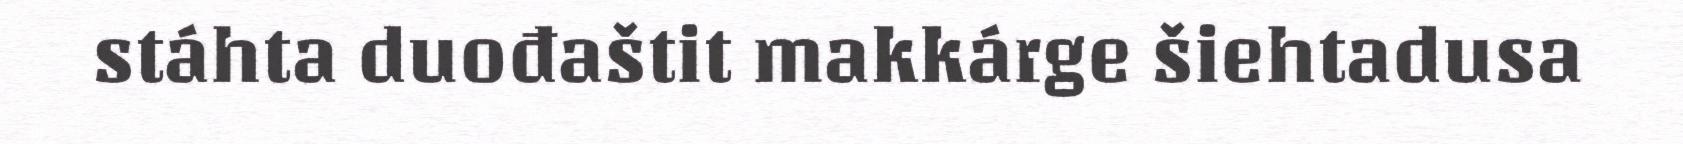
stáhta duođaštit makkárge šiehtadusa